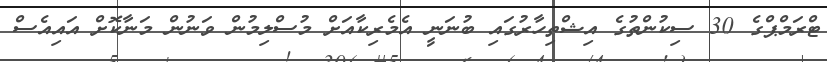
ޓްރަމްޕްގެ 30 ސިކުންތުގެ އިޝްތިހާރުގައި ބުނަނީ އެމެރިކާއަށް މުސްލިމުން ވަނުން މަނާކޮށް އައިއެސް